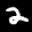
Label: 2